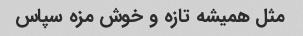
مثل همیشه تازه و خوش مزه سپاس